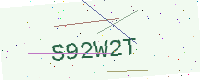
Text: S92W2T